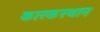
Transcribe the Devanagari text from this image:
कारकस्थान